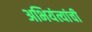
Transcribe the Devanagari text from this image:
अभियंत्यांची